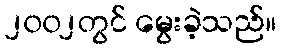
၂၀၀၂တွင် မွေးခဲ့သည်။